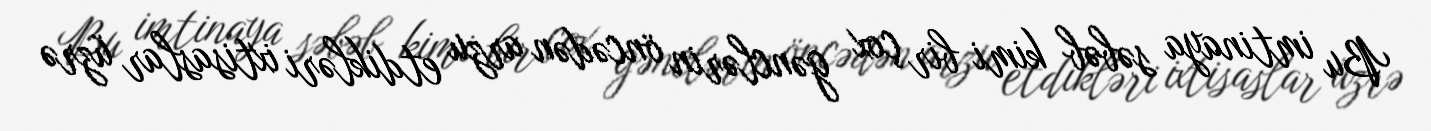
Bu imtinaya səbəb kimi bir çox gənclərin öncədən arzu etdikləri ixtisaslar üzrə